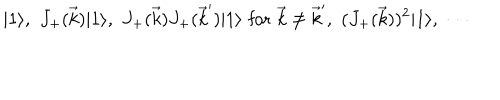
LaTeX: | 1 \rangle , \, \, J _ { + } ( \vec { k } ) | 1 \rangle , \, \, J _ { + } ( \vec { k } ) J _ { + } ( \vec { k } ^ { \prime } ) | 1 \rangle \, \, \mathrm { f o r } \, \, \vec { k } \not = \vec { k } ^ { \prime } , \, \, ( J _ { + } ( \vec { k } ) ) ^ { 2 } | 1 \rangle , \, \, \cdots